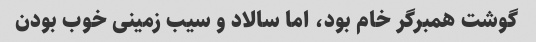
گوشت همبرگر خام بود، اما سالاد و سیب زمینی خوب بودن